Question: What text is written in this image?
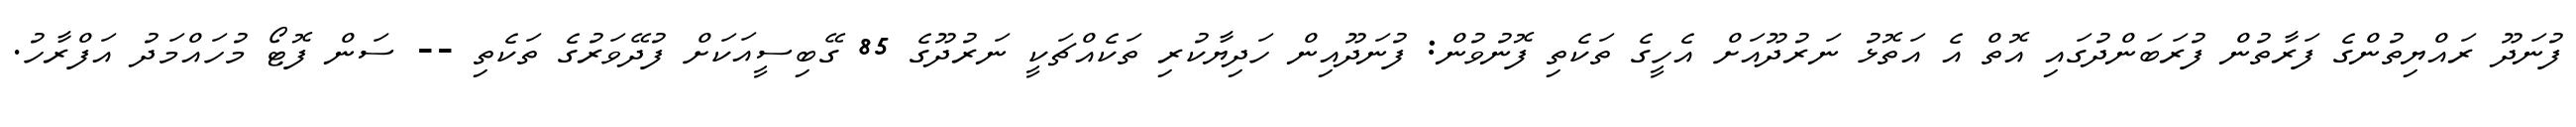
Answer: ފުނަދޫ ރައްޔިތުންގެ ފަރާތުން ފުރަބަންދުގައި އޮތް އެ އަތޮޅު ނަރުދޫއަށް އެހީގެ ތަކެތި ފޮނުވުން: ފުނަދޫއިން ހަދިޔާކުރި ތަކެއްޗަކީ ނަރުދޫގެ 85 ގޭބިސީއަކަށް ފުދޭވަރުގެ ތަކެތި -- ސަން ފޮޓޯ މުހައްމަދު އަފްރާހު.